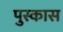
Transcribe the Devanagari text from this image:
पुस्कास